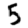
Digit: 5